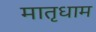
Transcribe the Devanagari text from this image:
मातृधाम